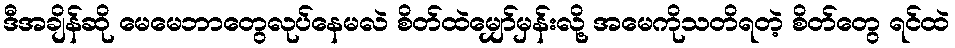
ဒီအချိန်ဆို မေမေဘာတွေလုပ်နေမလဲ စိတ်ထဲမျှော်မှန်းလို့ အမေကိုသတိရတဲ့ စိတ်တွေ ရင်ထဲ